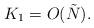
LaTeX: \begin{align*}K_1=O(\tilde N).\end{align*}